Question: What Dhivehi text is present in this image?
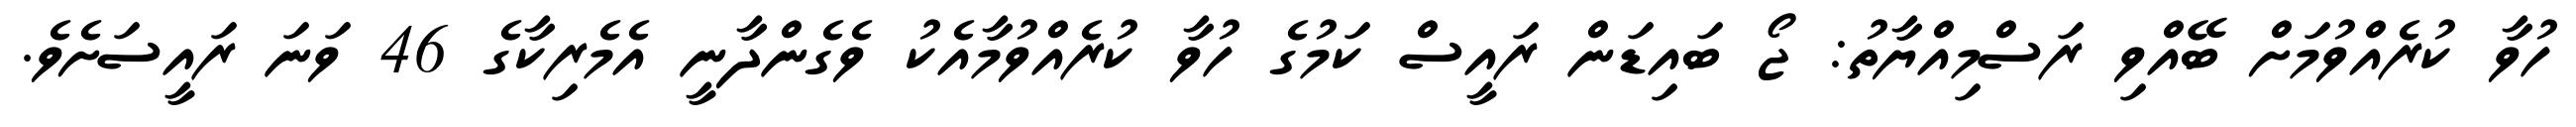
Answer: ހުވާ ކުރެއްވުމަށް ބޭއްވި ރަސްމިއްޔާތު: ޖޯ ބައިޑަން ރައީސް ކަމުގެ ހުވާ ކުރެއްވުމާއެކު ވެގެންދާނީ އެމެރިކާގެ 46 ވަނަ ރައީސަށެވެ.